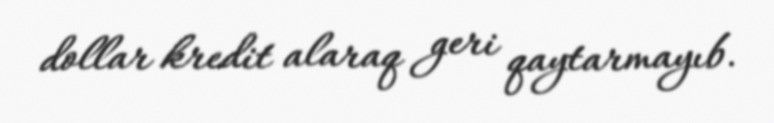
dollar kredit alaraq geri qaytarmayıb.